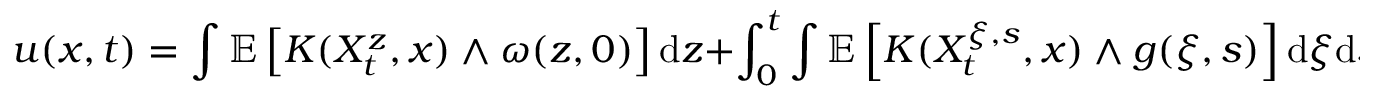
u ( x , t ) = \int \mathbb { E } \left[ K ( X _ { t } ^ { z } , x ) \wedge \omega ( z , 0 ) \right] \mathrm { d } z + \int _ { 0 } ^ { t } \int \mathbb { E } \left[ K ( X _ { t } ^ { \xi , s } , x ) \wedge g ( \xi , s ) \right] \mathrm { d } \xi \mathrm { d } s ,